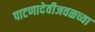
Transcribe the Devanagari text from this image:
पाटणादेवीजवळच्या